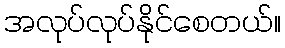
အလုပ်လုပ်နိုင်စေတယ်။